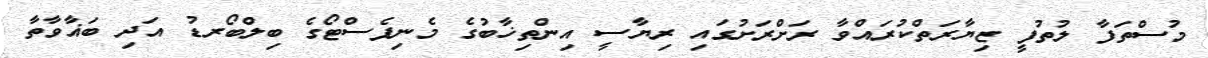
މުސްތަފާ ލުތުފީ ޒިޔާރަތްކުރައްވާ ރަށްރަށުގައި ރިޔާސީ އިންތިޚާބުގެ މެނިފެސްޓޯގެ ބިލްބޯރޑު އަދި ބަޣާވާތާ